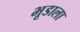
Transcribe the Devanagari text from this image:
भूडाला